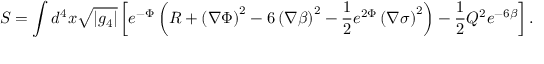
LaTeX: S = \int d ^ { 4 } x \sqrt { | g _ { 4 } | } \left[ e ^ { - \Phi } \left( R + \left( \nabla \Phi \right) ^ { 2 } - 6 \left( \nabla \beta \right) ^ { 2 } - \frac { 1 } { 2 } e ^ { 2 \Phi } \left( \nabla \sigma \right) ^ { 2 } \right) - \frac { 1 } { 2 } Q ^ { 2 } e ^ { - 6 \beta } \right] .